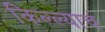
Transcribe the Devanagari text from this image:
किल्ल्याचं